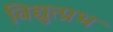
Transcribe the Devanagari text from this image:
विद्युत्प्रभ